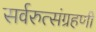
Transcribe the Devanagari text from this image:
सर्वरुत्संग्रहणी